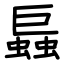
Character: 螶